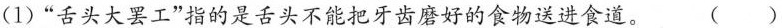
(1) ”舌头大罢工”指的是舌头不能把牙齿磨好的食物送进食道。( )